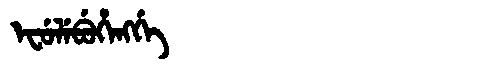
Manchu: ᡝᠸᡠᠯᡝᠪᡠᡥᡝᠩᡤᡝ
Romanization: EFULEBUHENGGE